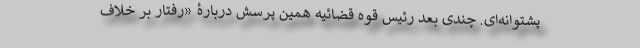
پشتوانه‌ای. چندی بعد رئیس قوه قضائیه همین پرسش دربارۀ «رفتار بر خلاف